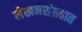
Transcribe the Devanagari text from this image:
लेखनसंग्रहात